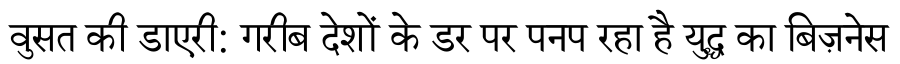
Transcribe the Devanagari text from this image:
वुसत की डाएरी: गरीब देशों के डर पर पनप रहा है युद्ध का बिज़नेस